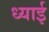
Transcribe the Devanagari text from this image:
ध्याई